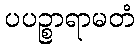
ပပဉ္စာရာမတံ